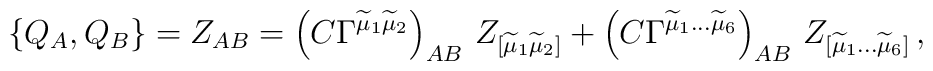
\{ Q_A, Q_B \} = Z_{AB} =  \left(C\Gamma^{\widetilde{\mu}_1\widetilde{\mu}_2}\right)_{AB}\,  Z_{[\widetilde{\mu}_1\widetilde{\mu}_2]}  +  \left(C\Gamma^{\widetilde{\mu}_1 \ldots \widetilde{\mu}_6}\right)_{AB}\,  Z_{[\widetilde{\mu}_1 \ldots \widetilde{\mu}_6]}  \, ,